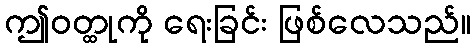
ဤဝတ္ထုကို ရေးခြင်း ဖြစ်လေသည်။